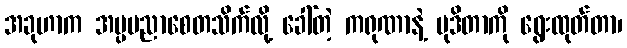
အခုဟာက အပ္ပမညာစေတသိက်လို့ ခေါ်တဲ့ ကရုဏာနဲ့ မုဒိတာကို ရွေးထုတ်တာ၊